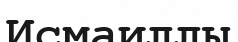
Исмаиллы